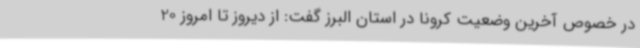
در خصوص آخرین وضعیت کرونا در استان البرز گفت: از دیروز تا امروز 20